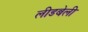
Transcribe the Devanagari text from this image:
लीडबेली